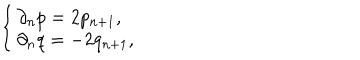
\left\{ \left\{ \begin{cases} { { \partial _ { n } p = 2 p _ { n + 1 } , } } \\ { { \partial _ { n } q = - 2 q _ { n + 1 } , } } \\ \end{cases} \right. \right.